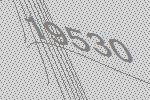
19530